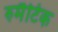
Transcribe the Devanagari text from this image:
रुमैटिक